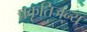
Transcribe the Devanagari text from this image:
प्रकृतिजन्य